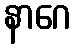
နာဂေ